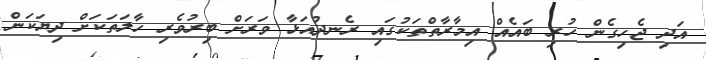
އަދި ޖެހިގެން ހުރި ބައެއް އިމާރާތްތަކުގައި ރެނދުއަޅާ ވަރަށް ބިރުވެރި ހާލަތަކަށް ދިޔަކަން